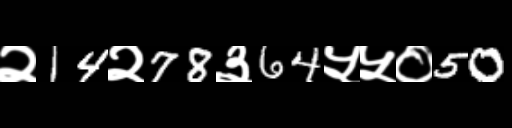
Text: २14२78३64५५०50